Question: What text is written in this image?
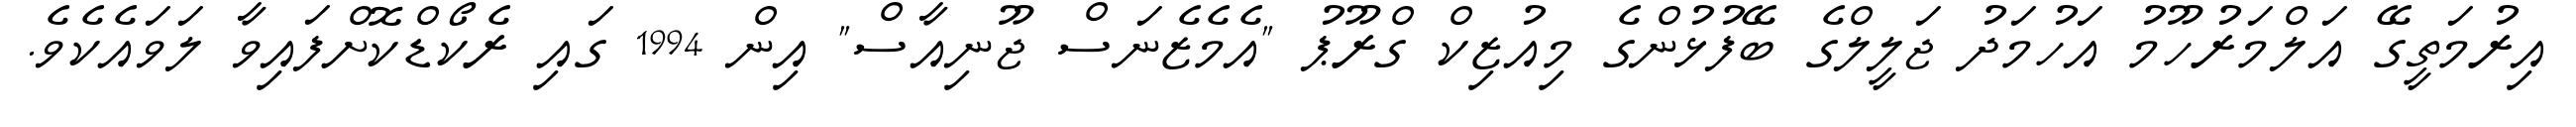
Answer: އިރުމަތީގޭ އަލްމަރުހޫމު އަހުމަދު ޖަލީލްގެ ބޭފުޅުންގެ މިއުޒިކް ގްރޫޕު "އެމެޒެނަސް ޖޫނިއާސް" އިން 1994 ގައި ރެކޯޑްކޮށްފައިވާ ލަވައެކެވެ.